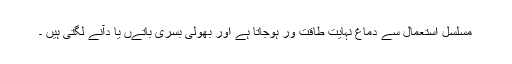
مسلسل استعمال سے دماغ نہایت طاقت ور ہوجاتا ہے اور بھولی بسری باتےں یا دآنے لگتی ہیں ۔